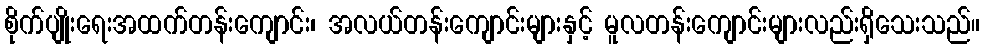
စိုက်ပျိုးရေးအထက်တန်းကျောင်း၊ အလယ်တန်းကျောင်းများနှင့် မူလတန်းကျောင်းများလည်းရှိသေးသည်။